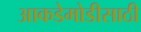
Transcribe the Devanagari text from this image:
आकडेमोडीसाठी